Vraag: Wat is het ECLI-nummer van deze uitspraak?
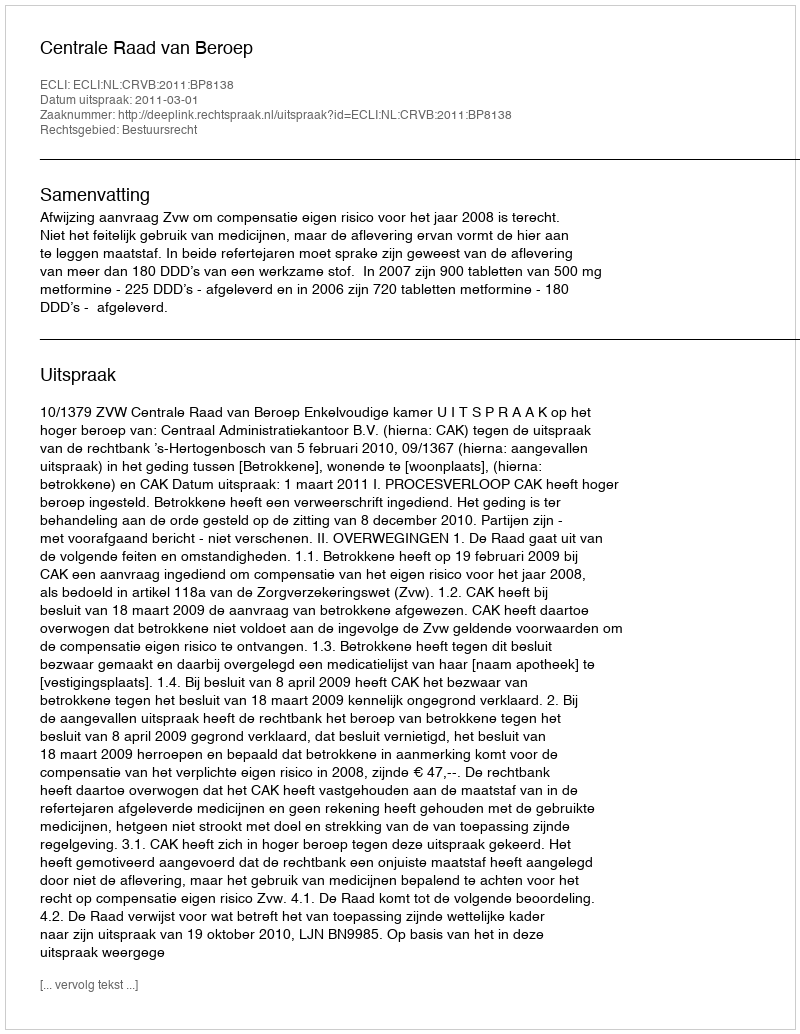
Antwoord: ECLI:NL:CRVB:2011:BP8138